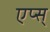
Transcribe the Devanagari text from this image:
एप्स्